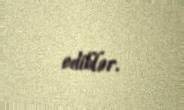
ediblər.